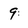
Character: 9